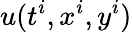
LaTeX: u(t^{i},x^{i},y^{i})